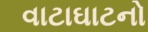
વાટાઘાટનો